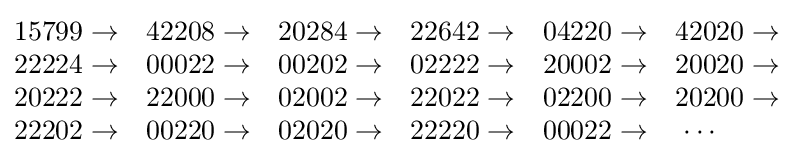
{\begin{matrix}15799\rightarrow &42208\rightarrow &20284\rightarrow &22642\rightarrow &04220\rightarrow &42020\rightarrow \\22224\rightarrow &00022\rightarrow &00202\rightarrow &02222\rightarrow &20002\rightarrow &20020\rightarrow \\20222\rightarrow &22000\rightarrow &02002\rightarrow &22022\rightarrow &02200\rightarrow &20200\rightarrow \\22202\rightarrow &00220\rightarrow &02020\rightarrow &22220\rightarrow &00022\rightarrow &\cdots \quad \quad \\\end{matrix}}